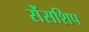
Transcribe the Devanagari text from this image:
सेंसशिप